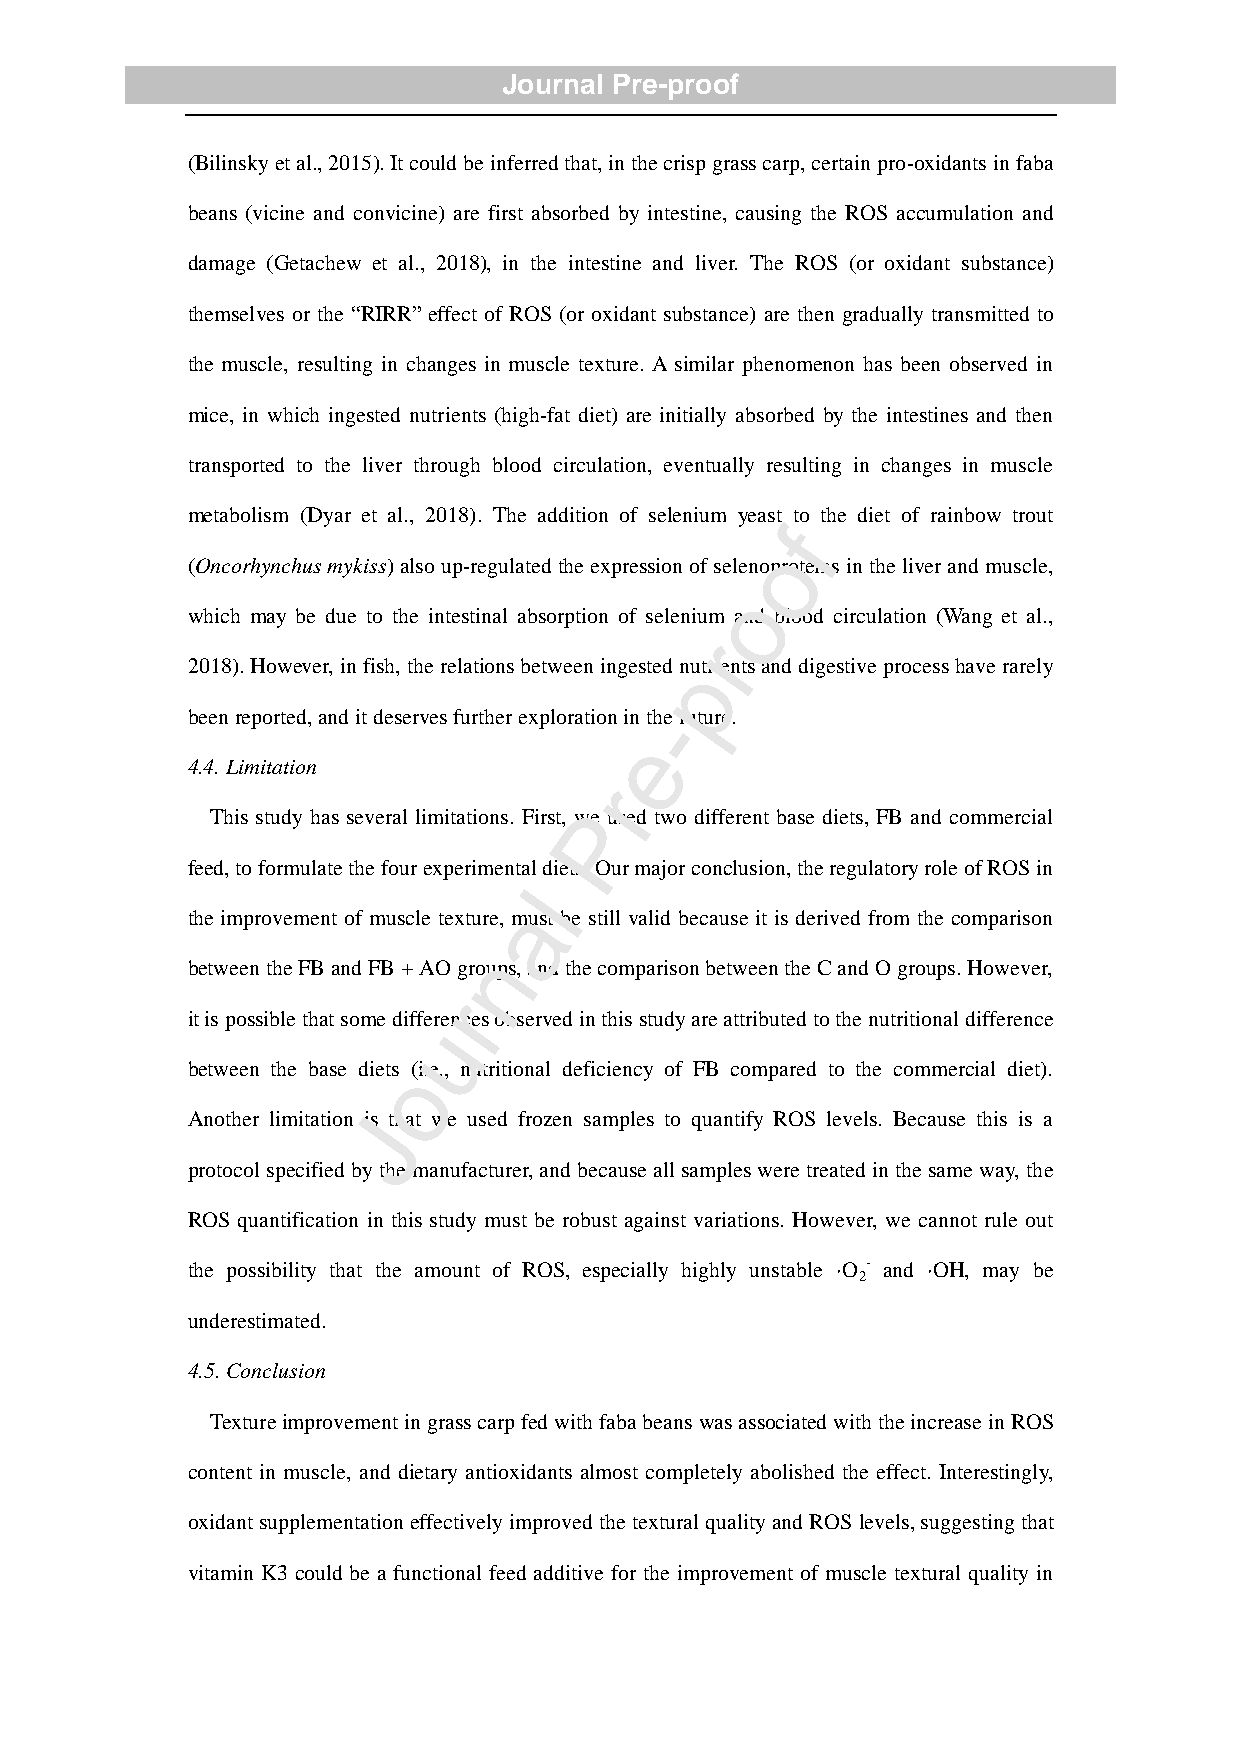
Journal Pre-proof
 (Bilinsky et al., 2015). It could be inferred that, in the crisp grass carp, certain pro-oxidants in faba
 beans (vicine and convicine) are first absorbed by intestine, causing the ROS accumulation and
 damage (Getachew et al., 2018), in the intestine and liver. The ROS (or oxidant substance)
 themselves or the “RIRR” effect of ROS (or oxidant substance) are then gradually transmitted to
 the muscle, resulting in changes in muscle texture. A similar phenomenon has been observed in
 mice, in which ingested nutrients (high-fat diet) are initially absorbed by the intestines and then
 transported to the liver through blood circulation, eventually resulting in changes in muscle
 metabolism (Dyar et al., 2018). The addition of selenium yeast to the diet of rainbow trout
 f
 o
 (Oncorhynchus mykiss) also up-regulated the expression of selenoproteins in the liver and muscle,
 o
 which may be due to the intestinal absorption of selenium and blood circulation (Wang et al.,
 r
 2018). However, in fish, the relations between ingested nputrients and digestive process have rarely
 been reported, and it deserves further exploration in t-he future.
 e
 4.4. Limitation
 r
 This study has several limitations. First, wPe used two different base diets, FB and commercial
 feed, to formulate the four experimental diets. Our major conclusion, the regulatory role of ROS in
 l
 a
 the improvement of muscle texture, must be still valid because it is derived from the comparison
 n
 between the FB and FB + AO groups, and the comparison between the C and O groups. However,
 r
 it is possible that some differences observed in this study are attributed to the nutritional difference
 u
 between the base dietso (i.e., nutritional deficiency of FB compared to the commercial diet).
 Another limitation Jis that we used frozen samples to quantify ROS levels. Because this is a
 protocol specified by the manufacturer, and because all samples were treated in the same way, the
 ROS quantification in this study must be robust against variations. However, we cannot rule out
 the possibility that the amount of ROS, especially highly unstable ·O - and ·OH, may be
 2
 underestimated.
 4.5. Conclusion
 Texture improvement in grass carp fed with faba beans was associated with the increase in ROS
 content in muscle, and dietary antioxidants almost completely abolished the effect. Interestingly,
 oxidant supplementation effectively improved the textural quality and ROS levels, suggesting that
 vitamin K3 could be a functional feed additive for the improvement of muscle textural quality in